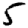
Digit: 5